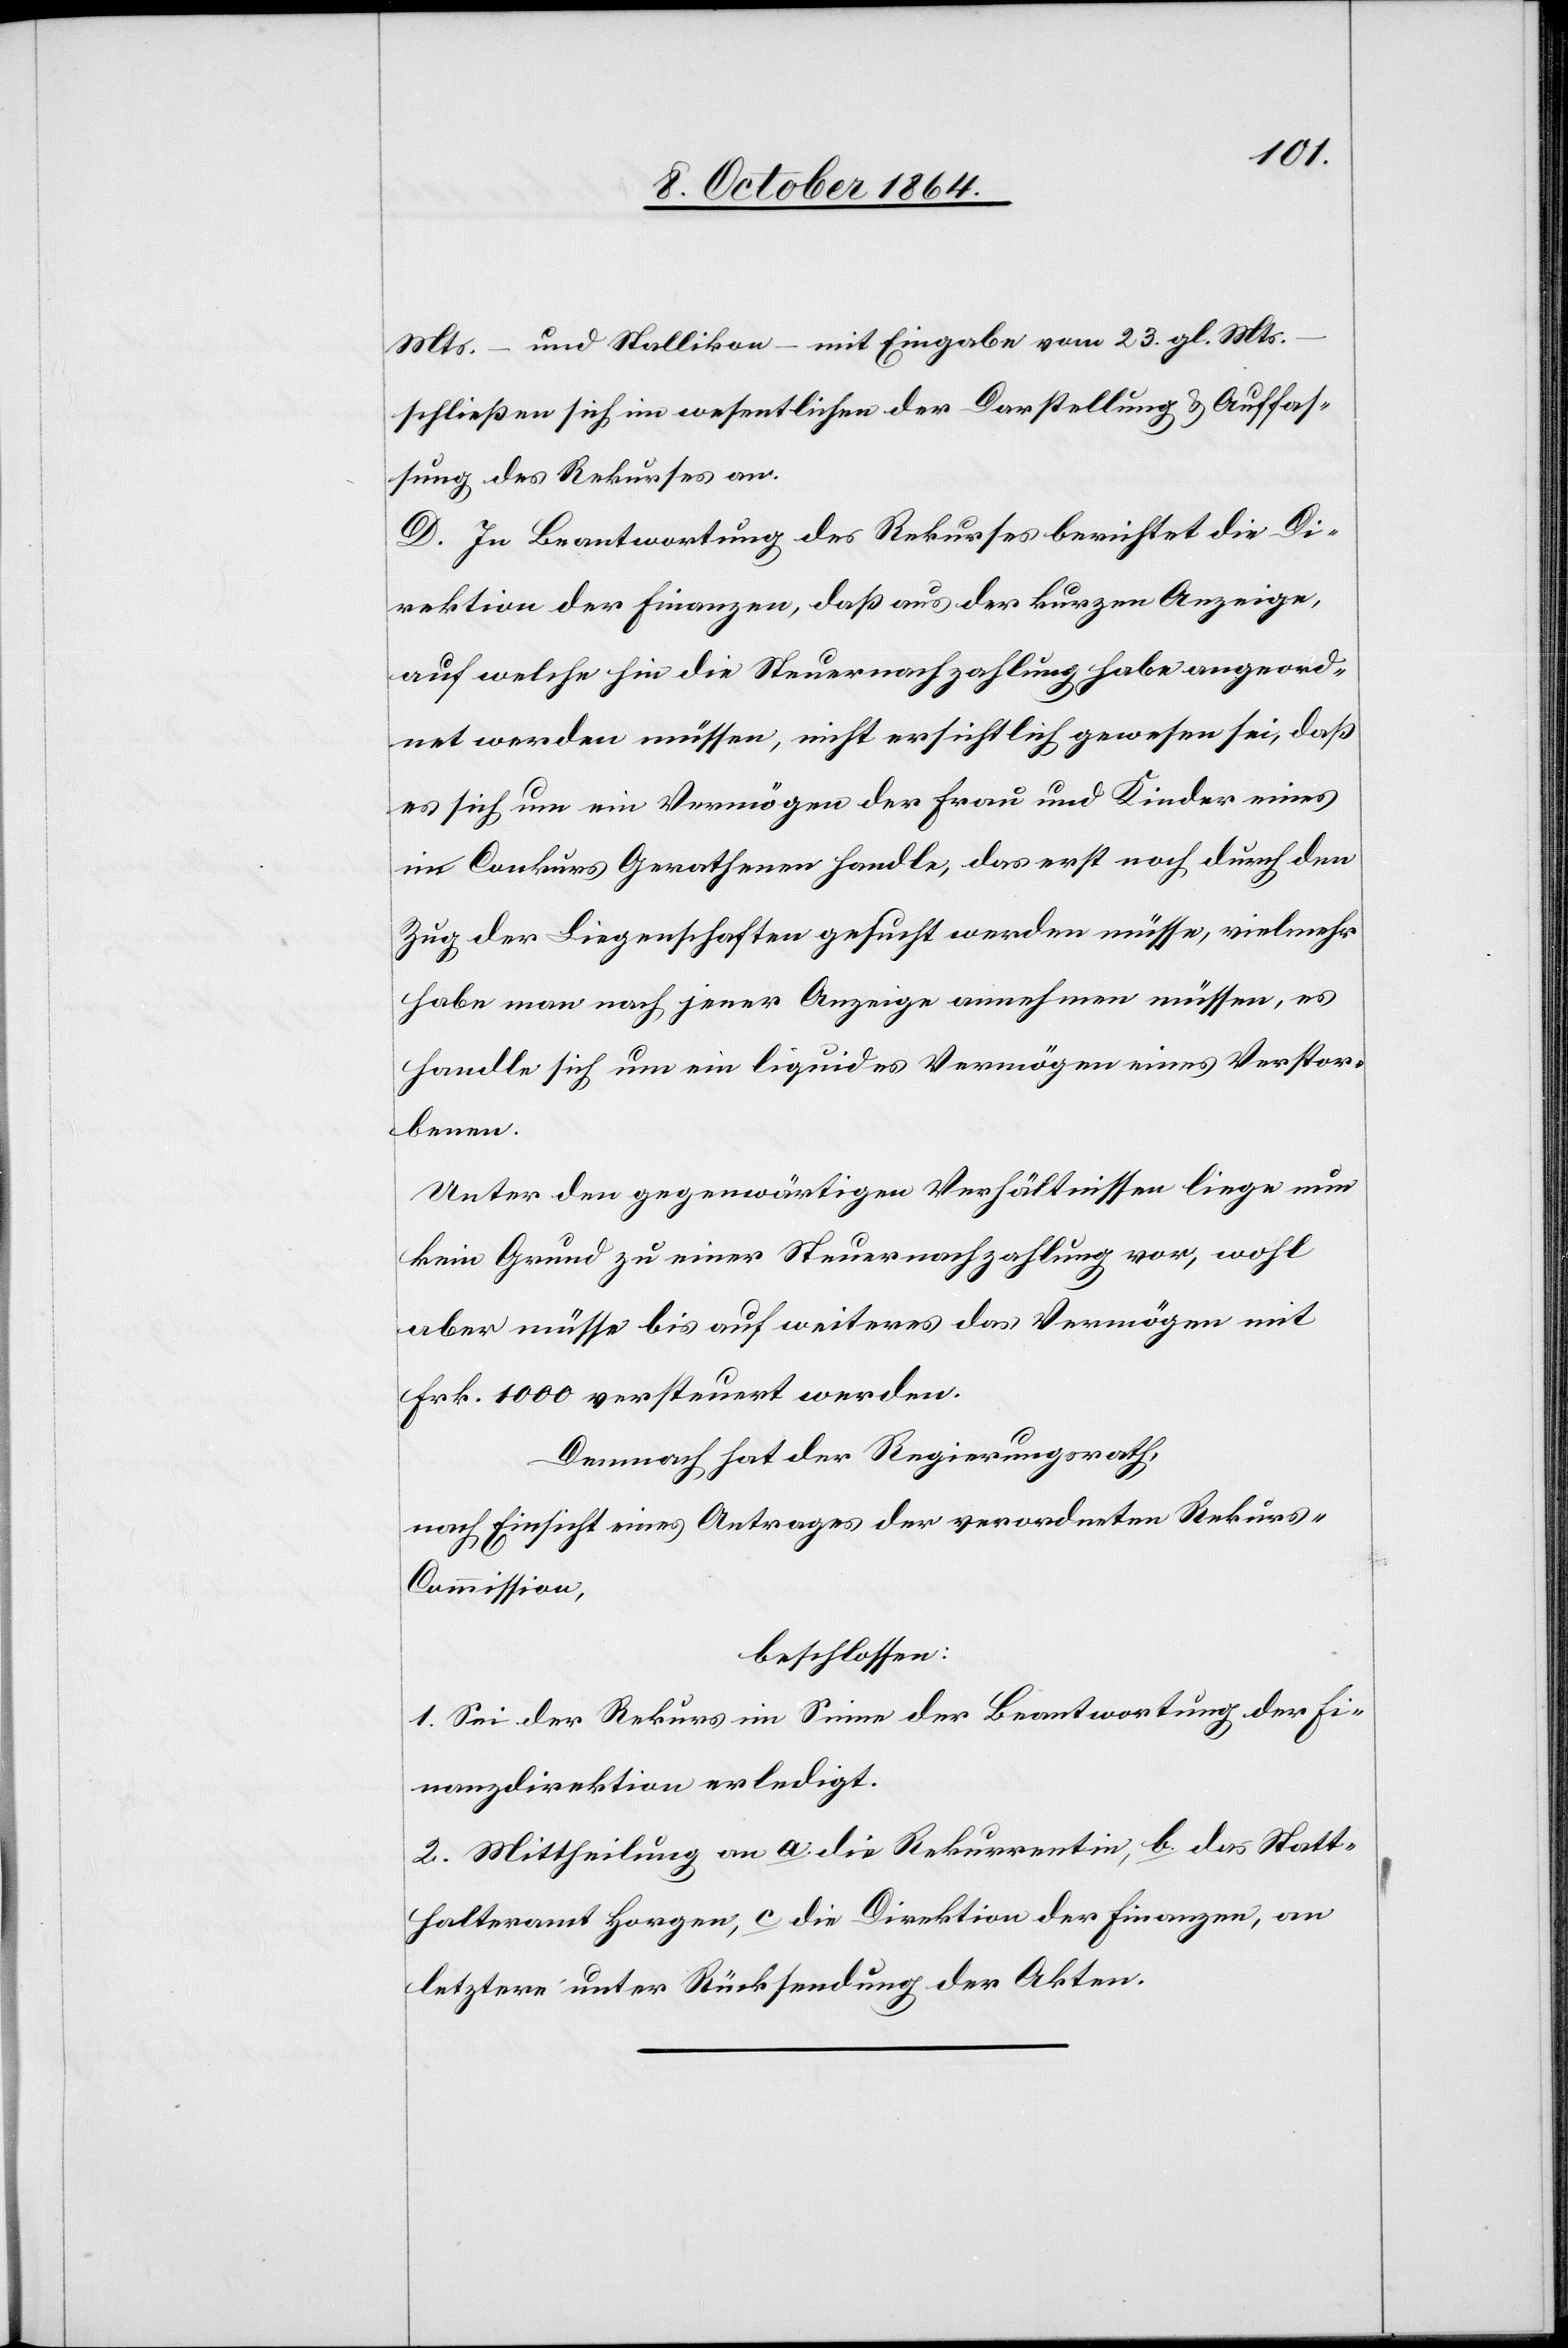
Mts. – und Stallikon – mit Eingabe vom 23. gl. Mts.
schließen sich im wesentlichen der Darstellung & Auffas¬
sung des Rekurses an.
D. In Beantwortung des Rekurses berichtet die Di¬
rektion der Finanzen, daß aus der kurzen Anzeige,
auf welche hin die Steuernachzahlung habe angeord¬
net werden müssen, nicht ersichtlich gewesen sei, daß
es sich um ein Vermögen der Frau und Kinder eines
in Conkurs Gerathenen handle, das erst noch durch den
Zug der Liegenschaften gesucht werden müsse, vielmehr
habe man nach jener Anzeige annehmen müssen, es
handle sich um ein liquides Vermögen eines Verstor¬
benen.
Unter den gegenwärtigen Verhältnissen liege nun
kein Grund zu einer Steuernachzahlung vor, wohl
aber müsse bis auf weiteres das Vermögen mit
Frk. 1 000 versteuert werden.
Demnach hat der Regierungsrath,
nach Einsicht eines Antrages der verordneten Rekur¬
s-Commission,
beschlossen:
1. Sei der Rekus im Sinne der Beantwortung der Fi¬
nanzdirektion erledigt.
2. Mittheilung an a) die Rekurrentin, b) das Statt¬
halteramt Horgen, c) die Direktion der Finanzen, an
letztere unter Rückstellung der Akten.